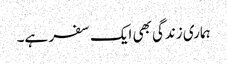
ہماری زندگی بھی ایک سفر ہے۔